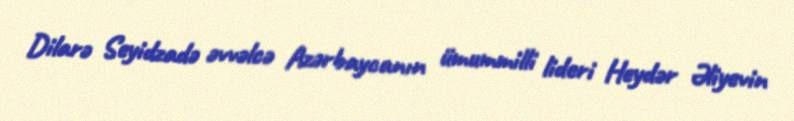
Dilarə Seyidzadə əvvəlcə Azərbaycanın ümummilli lideri Heydər Əliyevin